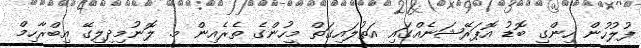
ފުލުހުން ހިންގި ބޮޑު އޮޕަރޭޝަނެއްގައި އަތުލައިގަތް މީހުންގެ ތެރެއިން މ. ލޮނުމިދިލިގޭ އިބްރާހިމް